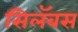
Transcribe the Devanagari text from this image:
सिलॅबस